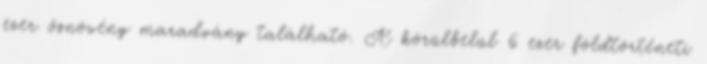
ezer ősnövény maradvány található. A körülbelül 6 ezer földtörténeti